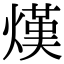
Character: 熯